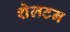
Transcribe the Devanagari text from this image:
शेलटन